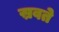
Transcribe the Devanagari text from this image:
स्रवते